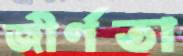
জীর্ণতা